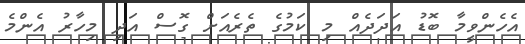
އެހެންވީމާ ބޮޑު އަދަދެއް މި ކަމުގެ ތެރެއަށް ގޮސް އަދި މިހާރު އެންމެ